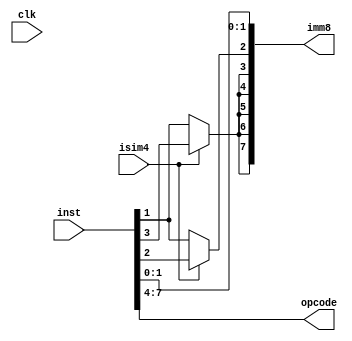
module Decoder(
    input isim4, clk,
     input[7:0] inst, 
    output reg[7:0] imm8,
    output reg[3:0] opcode
);
integer i;
always @(*)
begin
    
    opcode = inst[7:4];

    if(isim4) begin
        imm8[3:0] <= inst[3:0];
        for(i=4;i<8;i=i+1) begin
            imm8[i] <= inst[3];
        end
    end 
    else begin
        imm8[1:0] <= inst[1:0];
        for(i=2;i<8;i=i+1) begin
            imm8[i] <= inst[1];
        end
    end
    // #0.5 $display("%b",imm8);
end
endmodule